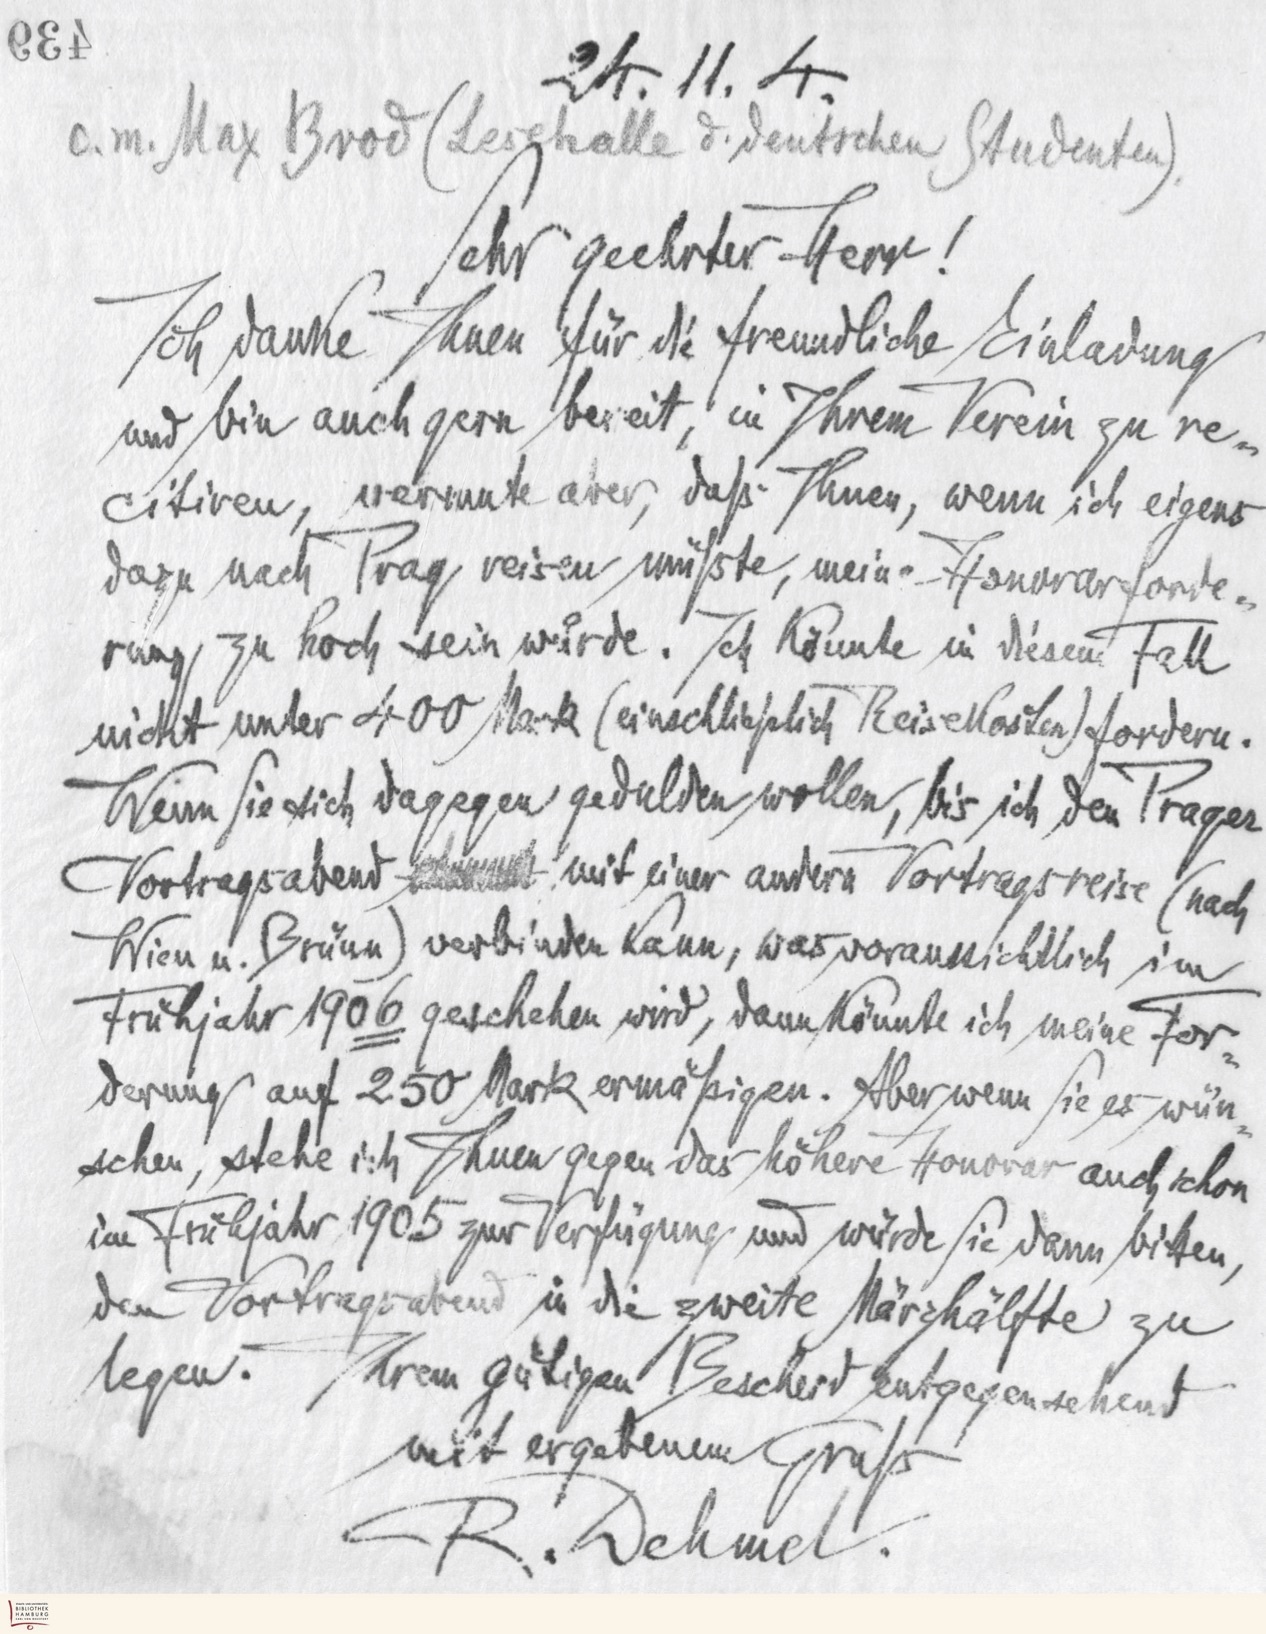
24.11.4
a. m. Maz Brod (Legghalle d. deutschen Studenten)
Sehr geehrter Herr!
Ich danne Ihnen für die freudliche Einladung
und bin auch gern bereit! in Ihrem Verein zu re-
citiren, wermute aber daß Ihnen, wenn ich eigens
dazu nach Trag reisen müßte, mein-Honorar forde-
rung zu hoch sein würde. Ich könnte in diesem Fall
nicht unter 400 Mark (einschließlich Reisekosten fordern.
Wenn Sie sich dagegen gedulden wollen, bis ich den Prager
Vortragsabend zmmut mit einer andern Vortragsreise (nach
Wien u. Brünn) verbinden kann, was voraussichtlich im
Frühjahr 1906 geschehen wird, dann könnte ich meine For
derung auf 250 Mark ermäßigen. Aber wenn Sie es wun
schen, stehe ich Ihnen gegen das höhere Honorar auch schon
im Frühjahr 1905 zur Verfügung und würde Sie dann bitten,
dem Vortragrarend in die zweite Märzhälfte zu
legen. Ihrem gütigen Bescherd eutgegensenend
mit ergebenem Gruß
R. Dehmel.